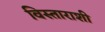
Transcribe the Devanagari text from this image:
विस्ताराशी